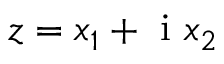
z = x _ { 1 } + \mathrm { ~ i ~ } x _ { 2 }